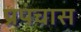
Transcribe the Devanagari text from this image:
प्रपंचास